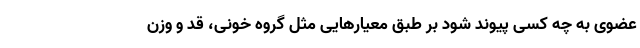
عضوی به چه کسی پیوند شود بر طبق معیارهایی مثل گروه خونی، قد و وزن